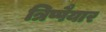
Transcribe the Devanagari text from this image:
त्रिप्पैयार